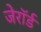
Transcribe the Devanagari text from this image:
जेरॉर्ड